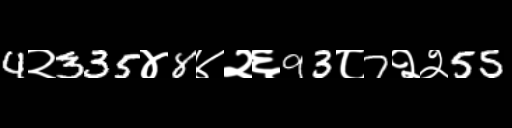
Text: 4२335४8४२६93८7२२55